Report on vaccination proceedings throughout the Government of Bengal -
Year: 1868
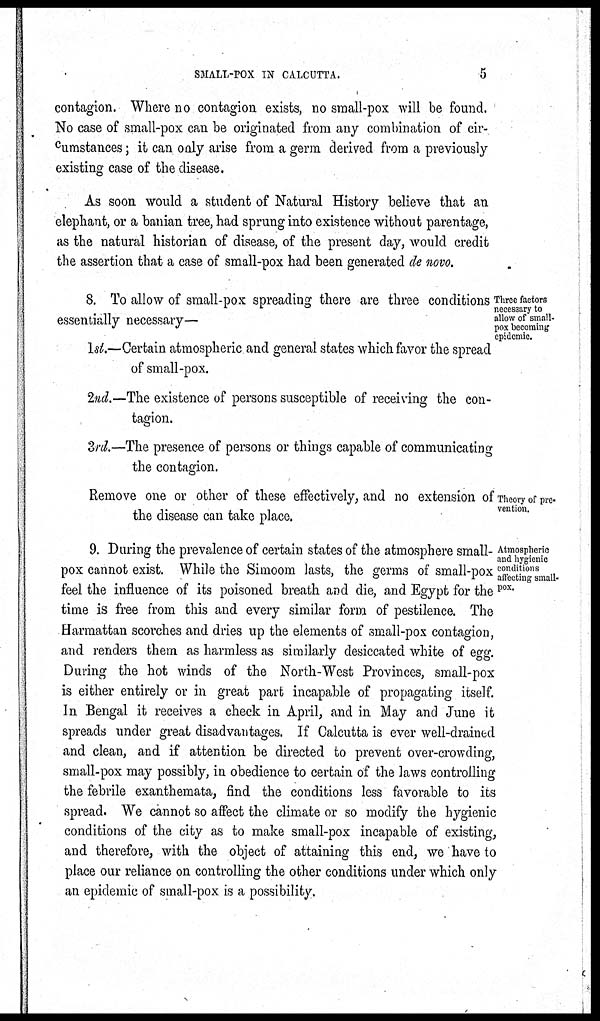
SMALL-POX IN CALCUTTA.
5
contagion. Where no contagion exists, no small-pox will be found.
No case of small-pox can be originated from any combination of cir-
cumstances; it can only arise from a germ derived from a previously
existing case of the disease.
As soon would a student of Natural History believe that an
elephant, or a banian tree, had sprung into existence without parentage,
as the natural historian of disease, of the present day, would credit
the assertion that a case of small-pox had been generated de novo.
Three factors
necessary to
allow of small-
pox becoming
epidemic.
8. To allow of small-pox spreading there are three conditions
essentially necessary—
1st.—Certain atmospheric and general states which favor the spread
of small-pox.
2nd.—The existence of persons susceptible of receiving the con-
tagion.
3rd.—The presence of persons or things capable of communicating
the contagion.
Theory of pre-
vention.
Remove one or other of these effectively, and no extension of
the disease can take place.
Atmospheric
and hygienic
conditions
affecting small-
pox.
9. During the prevalence of certain states of the atmosphere small-
pox cannot exist. While the Simoom lasts, the germs of small-pox
feel the influence of its poisoned breath and die, and Egypt for the
time is free from this and every similar form of pestilence. The
Harmattan scorches and dries up the elements of small-pox contagion,
and renders them as harmless as similarly desiccated white of egg.
During the hot winds of the North-West Provinces, small-pox
is either entirely or in great part incapable of propagating itself.
In Bengal it receives a check in April, and in May and June it
spreads under great disadvantages. If Calcutta is ever well-drained
and clean, and if attention be directed to prevent over-crowding,
small-pox may possibly, in obedience to certain of the laws controlling
the febrile exanthemata, find the conditions less favorable to its
spread. We cannot so affect the climate or so modify the hygienic
conditions of the city as to make small-pox incapable of existing,
and therefore, with the object of attaining this end, we have to
place our reliance on controlling the other conditions under which only
an epidemic of small-pox is a possibility.